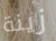
زينة